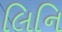
લિનિ